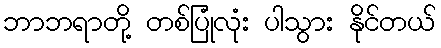
ဘာဘရာတို့ တစ်ပြုံလုံး ပါသွား နိုင်တယ်